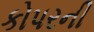
કોપરની